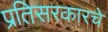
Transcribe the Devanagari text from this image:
प्रतिसरकारचे